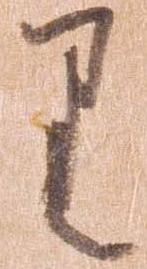
り